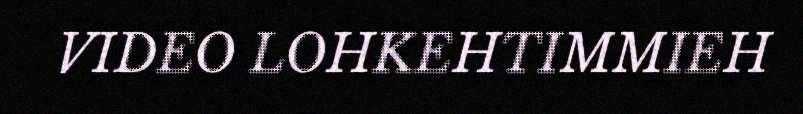
VIDEO LOHKEHTIMMIEH